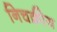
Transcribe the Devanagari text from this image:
निचक्रीय